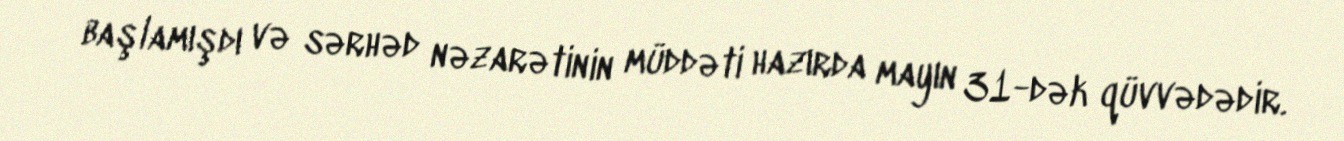
başlamışdı və sərhəd nəzarətinin müddəti hazırda mayın 31-dək qüvvədədir.